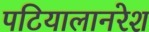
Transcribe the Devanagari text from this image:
पटियालानरेश